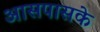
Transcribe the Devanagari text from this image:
आसपासके